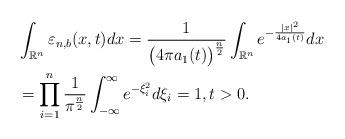
LaTeX: \begin{align*}\begin{aligned}&\int_{\mathbb{R}^{n}}\varepsilon_{n, b}(x,t)dx=\frac{1}{\big(4\pi a_{1}(t)\big)^{\frac{n}{2}}}\int_{\mathbb{R}^{n}}e^{-\frac{|x|^{2}}{4a_{1}(t)}}dx\\&=\prod_{i=1}^{n}\frac{1}{\pi^{\frac{n}{2}}}\int_{-\infty}^{\infty}e^{-\xi_{i}^{2}}d\xi_{i}=1, t>0.\end{aligned}\end{align*}